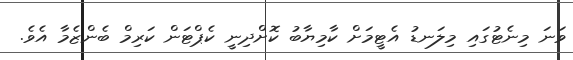
ވަނަ މިނެޓުގައި މިލަނޑު އެޓީމަށް ކާމިޔާބު ކޮށްދިނީ ކެޕްޓަން ކަރިމް ބެންޒެމާ އެވެ.